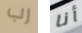
رب أنا